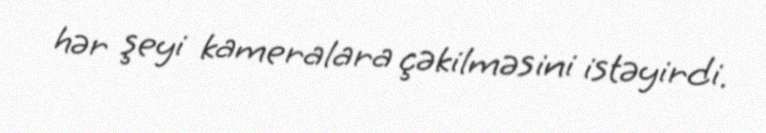
hər şeyi kameralara çəkilməsini istəyirdi.